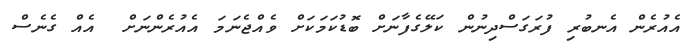
އެއުރެން އެނބުރި ފުރަގަސްދިނުން ކަލޭގެފާނަށް ބޮޑުކަމަކަށް ވެއްޖެނަމަ އެއުރެންނަށް  އެއް ގެނެސް